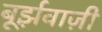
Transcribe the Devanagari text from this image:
बूर्झ़वाज़ी